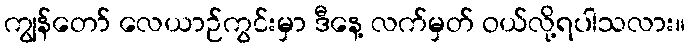
ကျွန်တော် လေယာဉ်ကွင်းမှာ ဒီနေ့ လက်မှတ် ဝယ်လို့ရပါသလား။